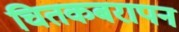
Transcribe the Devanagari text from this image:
चितकबरापन